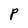
Character: P